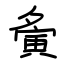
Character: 夤